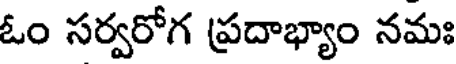
ఓం సర్వరోగ ప్రదాభ్యాం నమః